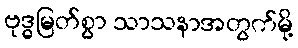
ဗုဒ္ဓမြတ်စွာ သာသနာအတွက်မို့